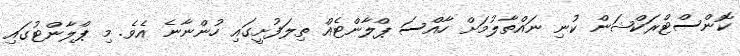
ކޮންސްޓްރަކްޝަން ކުނި ނައްތާލުމަށް ހާއްސަ ޕްލާންޓެއް ތިލަފުށީގައި ހުންނާނެ އެވެ. މި ޕްލާންޓުގައި